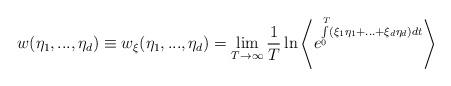
LaTeX: \begin{align*} w (\eta_1,..., \eta_d) \equiv w_{\xi} (\eta_1,..., \eta_d) = \lim \limits_{T \to \infty} \frac 1T\ln \left \langle e^{\int \limits_0^T (\xi_1 \eta_1 + ... + \xi_d \eta_d) dt} \right \rangle\end{align*}